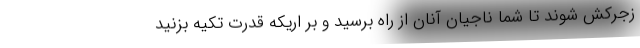
زجرکش شوند تا شما ناجیان آنان از راه برسید و بر اریکه قدرت تکیه بزنید